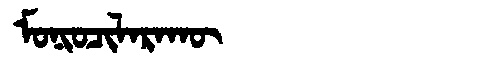
Manchu: ᠮᠣᠨᡳᠣᠴᡳᠯᠠᡵᠠᡴᡡ
Romanization: MONIOCILARAKŪ